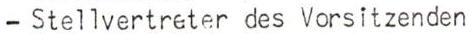
- Stellvertreter des Vorsitzenden